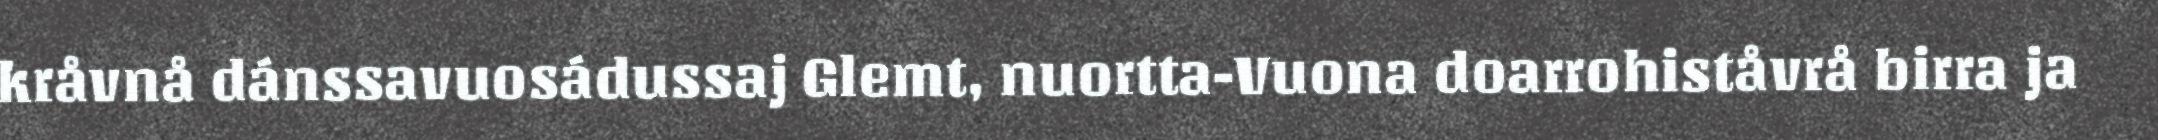
kråvnå dánssavuosádussaj Glemt, nuortta-Vuona doarrohiståvrå birra ja